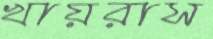
খায়রাস